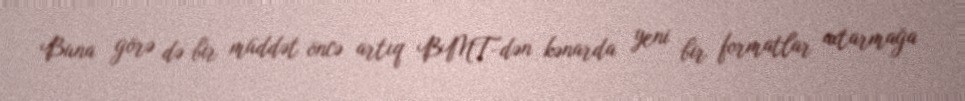
Buna görə də bir müddət öncə artıq BMT-dən kənarda yeni bir formatlar axtarmağa